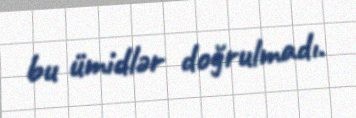
bu ümidlər doğrulmadı.